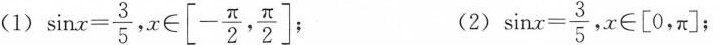
(1) $$\sinx= \frac{3{5} x \in \left[ - \frac{\pi}{2}, \frac{\pi}{2}$$ (2) $$\sinx= \frac{3}{5} x \in \left [ 0\rightpi ]$$